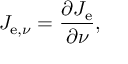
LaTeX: J _ { \mathrm { e } , \nu } = { \frac { \partial J _ { \mathrm { e } } } { \partial \nu } } ,